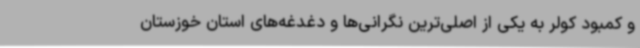
و کمبود کولر به یکی از اصلی‌ترین نگرانی‌ها و دغدغه‌های استان خوزستان